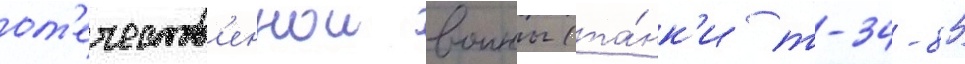
от'ечеств'еннои воины (та́нк'и т-34-85